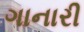
ગાનારી